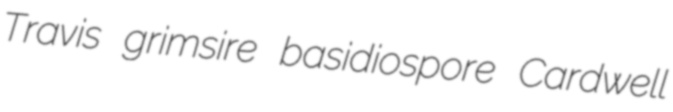
Travis grimsire basidiospore Cardwell